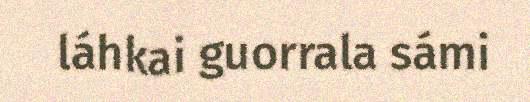
láhkai guorrala sámi